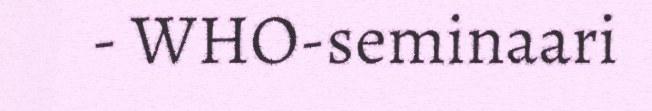
- WHO-seminaari